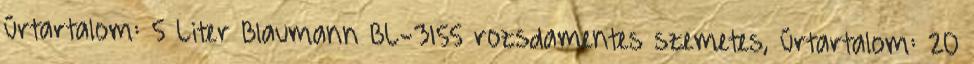
űrtartalom: 5 Liter Blaumann BL-3155 rozsdamentes szemetes, űrtartalom: 20